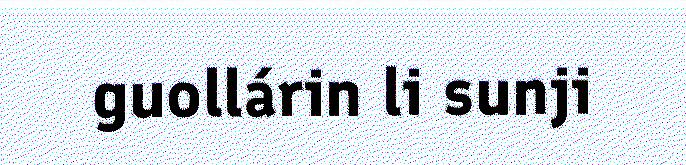
guollárin li sunji